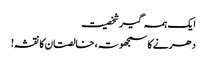
ا یک ہمہ گیر شخصیت
دھرنے کا سمجھوتہ، خالصتان کا نقشہ!